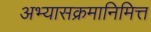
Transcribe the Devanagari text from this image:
अभ्यासक्रमानिमित्त